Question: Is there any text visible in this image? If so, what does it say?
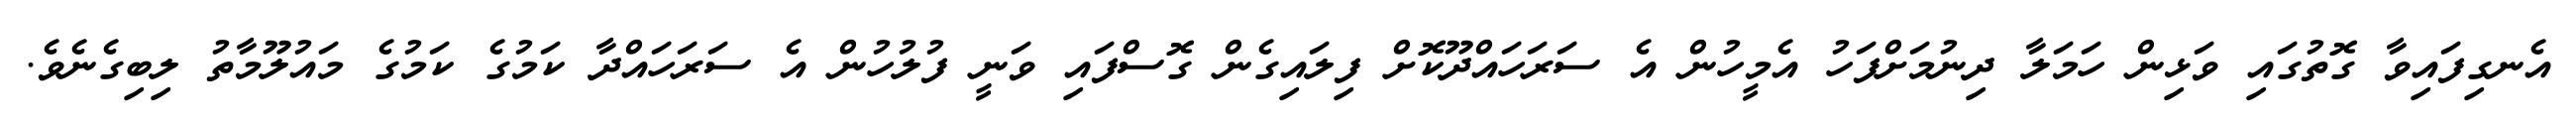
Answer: އެނގިފައިވާ ގޮތުގައި ވަޅިން ހަމަލާ ދިނުމަށްފަހު އެމީހުން އެ ސަރަހައްދޫކޮށް ފިލައިގެން ގޮސްފައި ވަނީ ފުލުހުން އެ ސަރަހައްދާ ކަމުގެ ކަމުގެ މައުލޫމާތު ލިބިގެނެވެ.